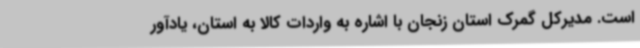
است. مدیرکل گمرک استان زنجان با اشاره به واردات کالا به استان، یادآور